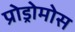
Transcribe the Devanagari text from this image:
प्रोड्रोमोस